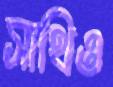
সাথিও